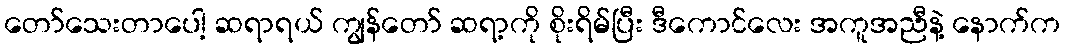
တော်သေးတာပေါ့ ဆရာရယ် ကျွန်တော် ဆရာ့ကို စိုးရိမ်ပြီး ဒီကောင်လေး အကူအညီနဲ့ နောက်က